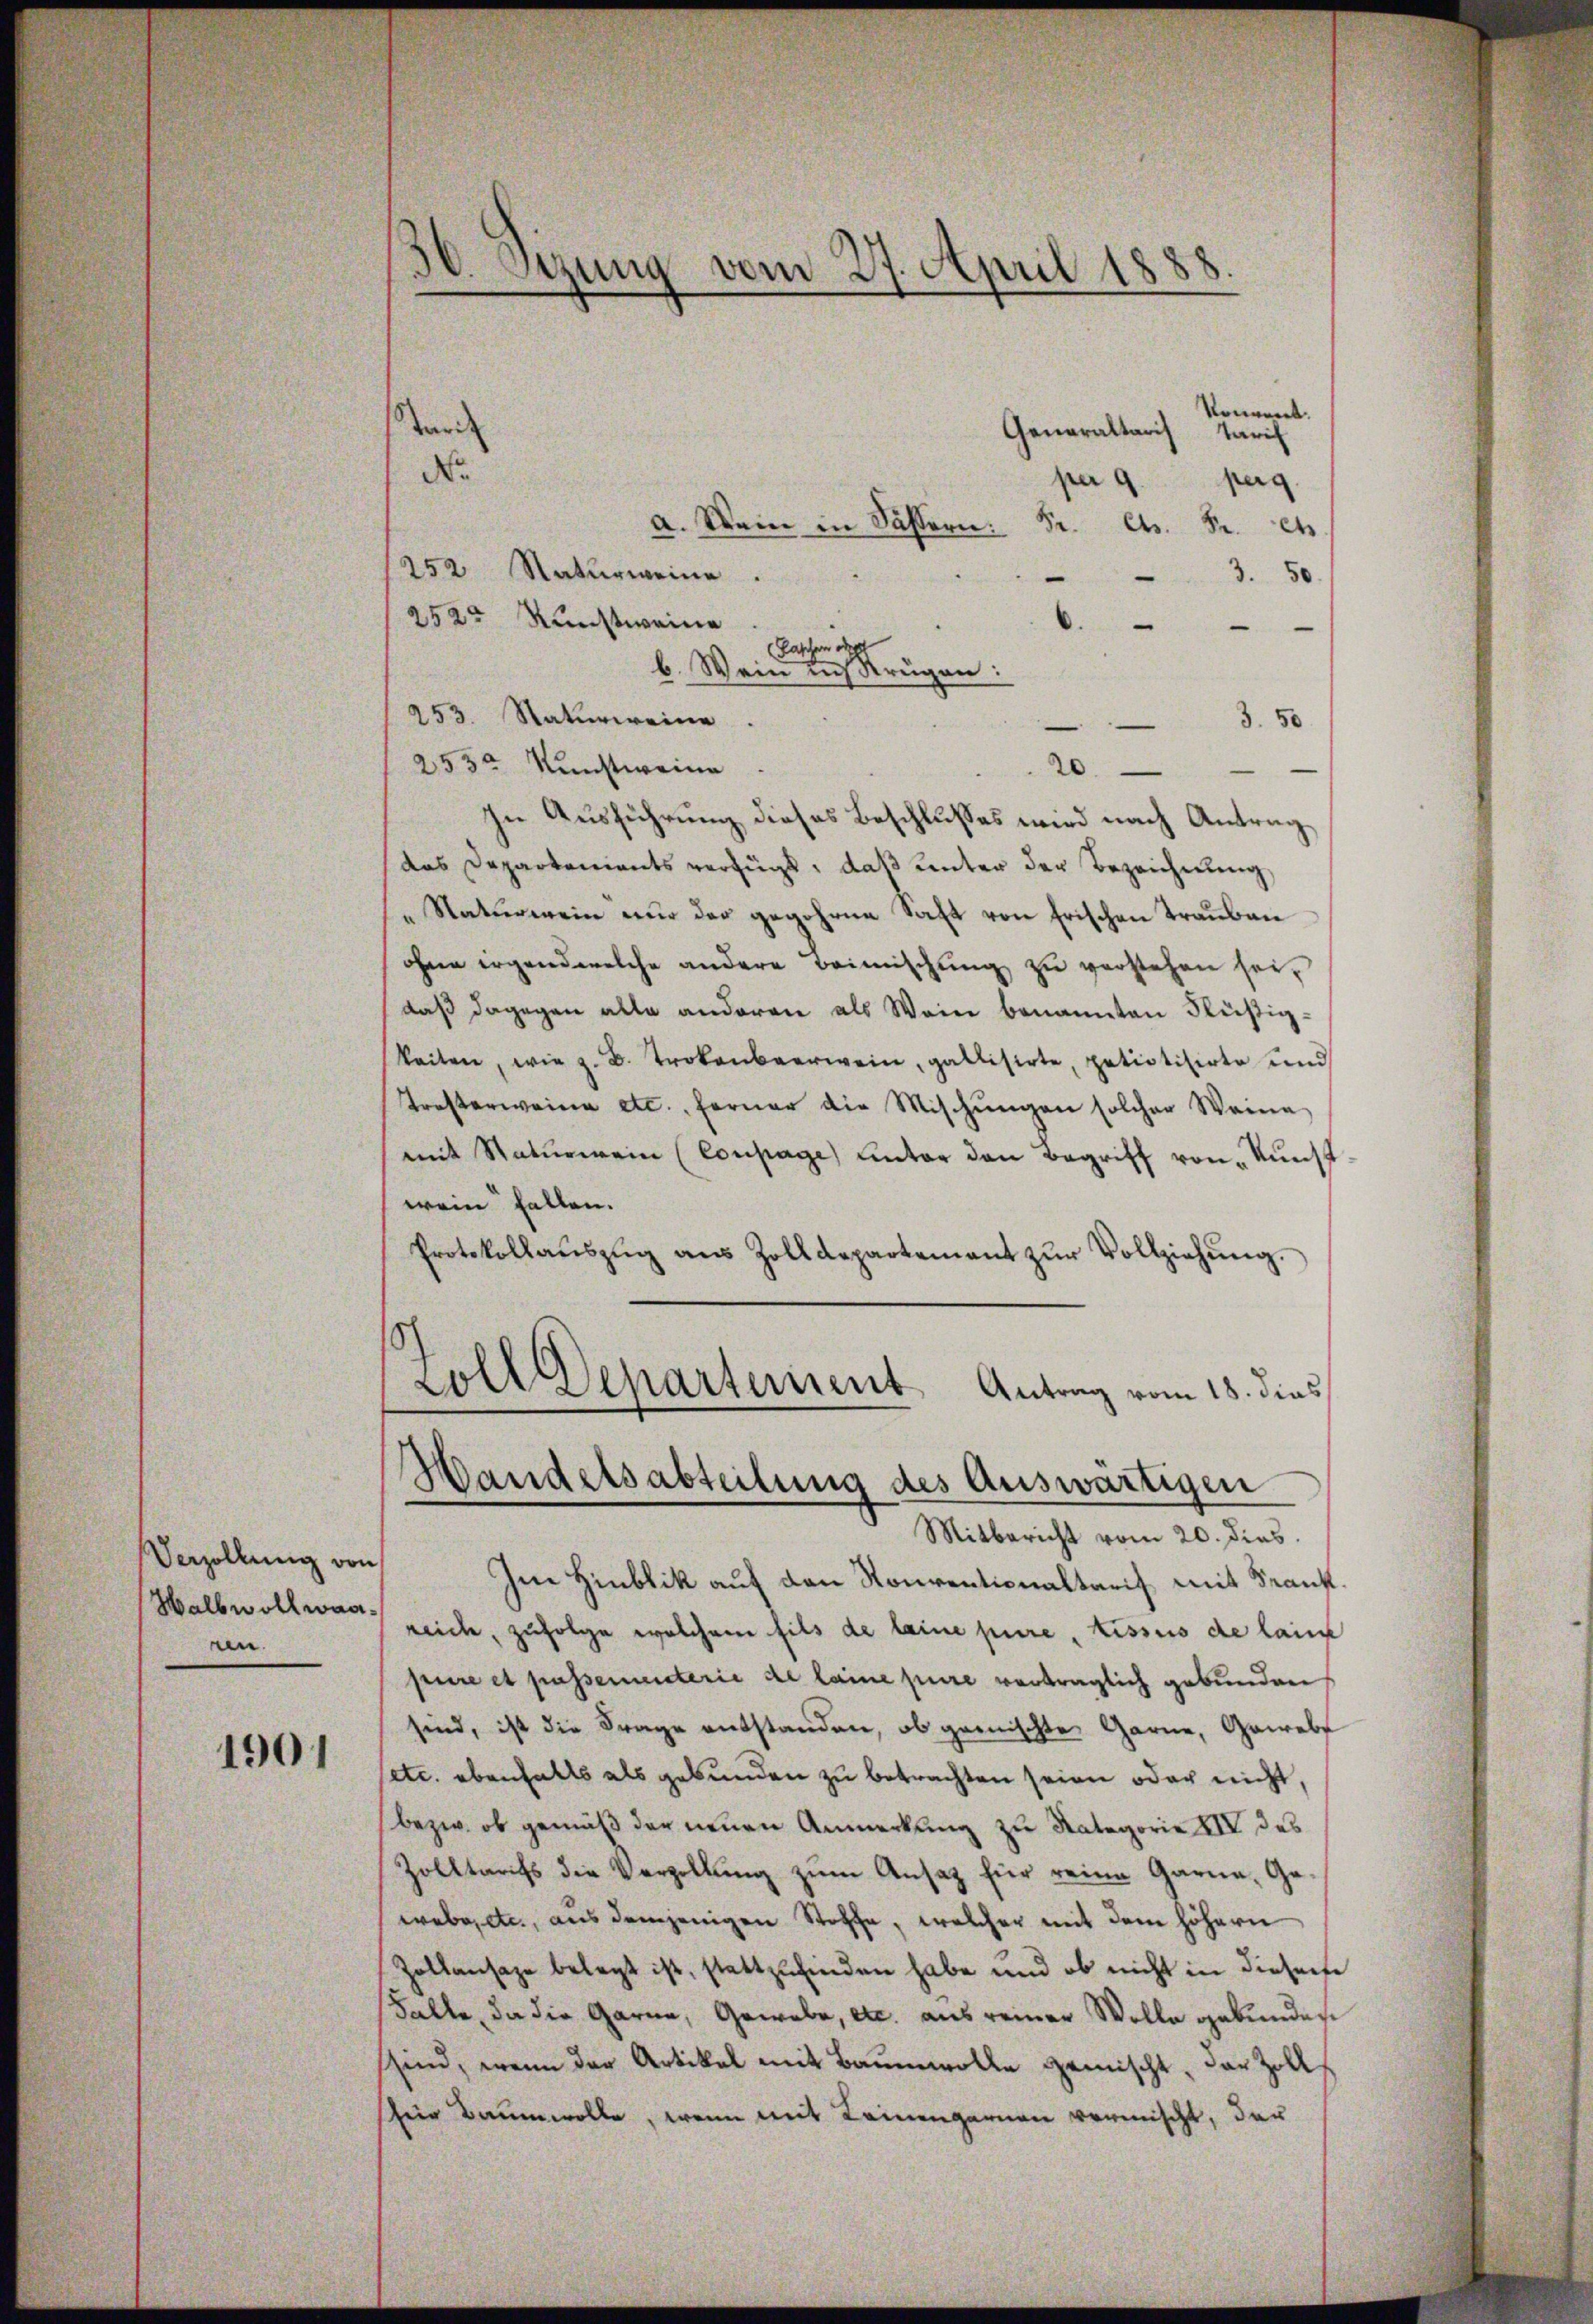
Verzöllung von
Halbwollwaaan.

1901

36. Sezung vom 27. April 1

konvent.
ari
Generaltaris Tarif
No
per
perg.
a. Wenn in Sassern. Fr. Cts. Fr. et
252 Naturweine.
3. 50.
252r Kunstweine
.
Laschen de
b. Wein uns Krügen:
253. Naturweine
3.50
253r Kunstweine
20.
In Ausführung dieses Beschlusses wird nach Antrag
das Departonients verfügt, daß unter der Bezeichnung,
"Natŭrmein nŭr der gegehene Saft von Frischen Traŭbau
ohne irgendwelche andere Beimischŭng zŭ verstehen sei,
daβ dagegen alle anderen als Wein benannten Fleißig-
keiten, wie z. B. Trokenbeerwein, gallisirte, patiotisirte und
Trosterweine etc., ferner die Mischŭngen solcher Weine
mit Naturmein (Coupage) unter den Begriff von Kunst
wein fallen.
Protokollaŭszŭg aŭs Zolldepartement zŭr Vollziehŭng.
Zoll Departement Antrag vom 18. dies
Handelsabteilung des Auswärtigen
Mitbericht vom 20. dies
Im Hinblik auf den Konventionaltarif mit Krank
reiche, zufolge welchem fils de leine pure, issus de lauf
pure et passenunterie de laine pure verträglich gebunden
sind, ist die Frage entstanden, ob gemischte Garne, Gewebe
etc. ebenfalls als gebunden zu betrachten seien oder nicht,
bezw. ob gemäß der neuen Anmerkung zu Kategorie XIV des
Zolltarifs die Verzellung zum Ansatz für reine Garne, Geerebnete, aus demjenigen Stoffe, welcher mit dem höhern
Zollansage belegt ist, stattzufinden habe und ob nicht in diesen
Falle, da die Garne, Gewebe, etc. aus reiner Wolle gebunden
sind, wenn der Artikel mit Baumwolle gemischt, der Zollfür Baumwolle, wenn mit Keinengarnen vermischt, der